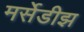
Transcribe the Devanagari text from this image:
मर्सेडीझ